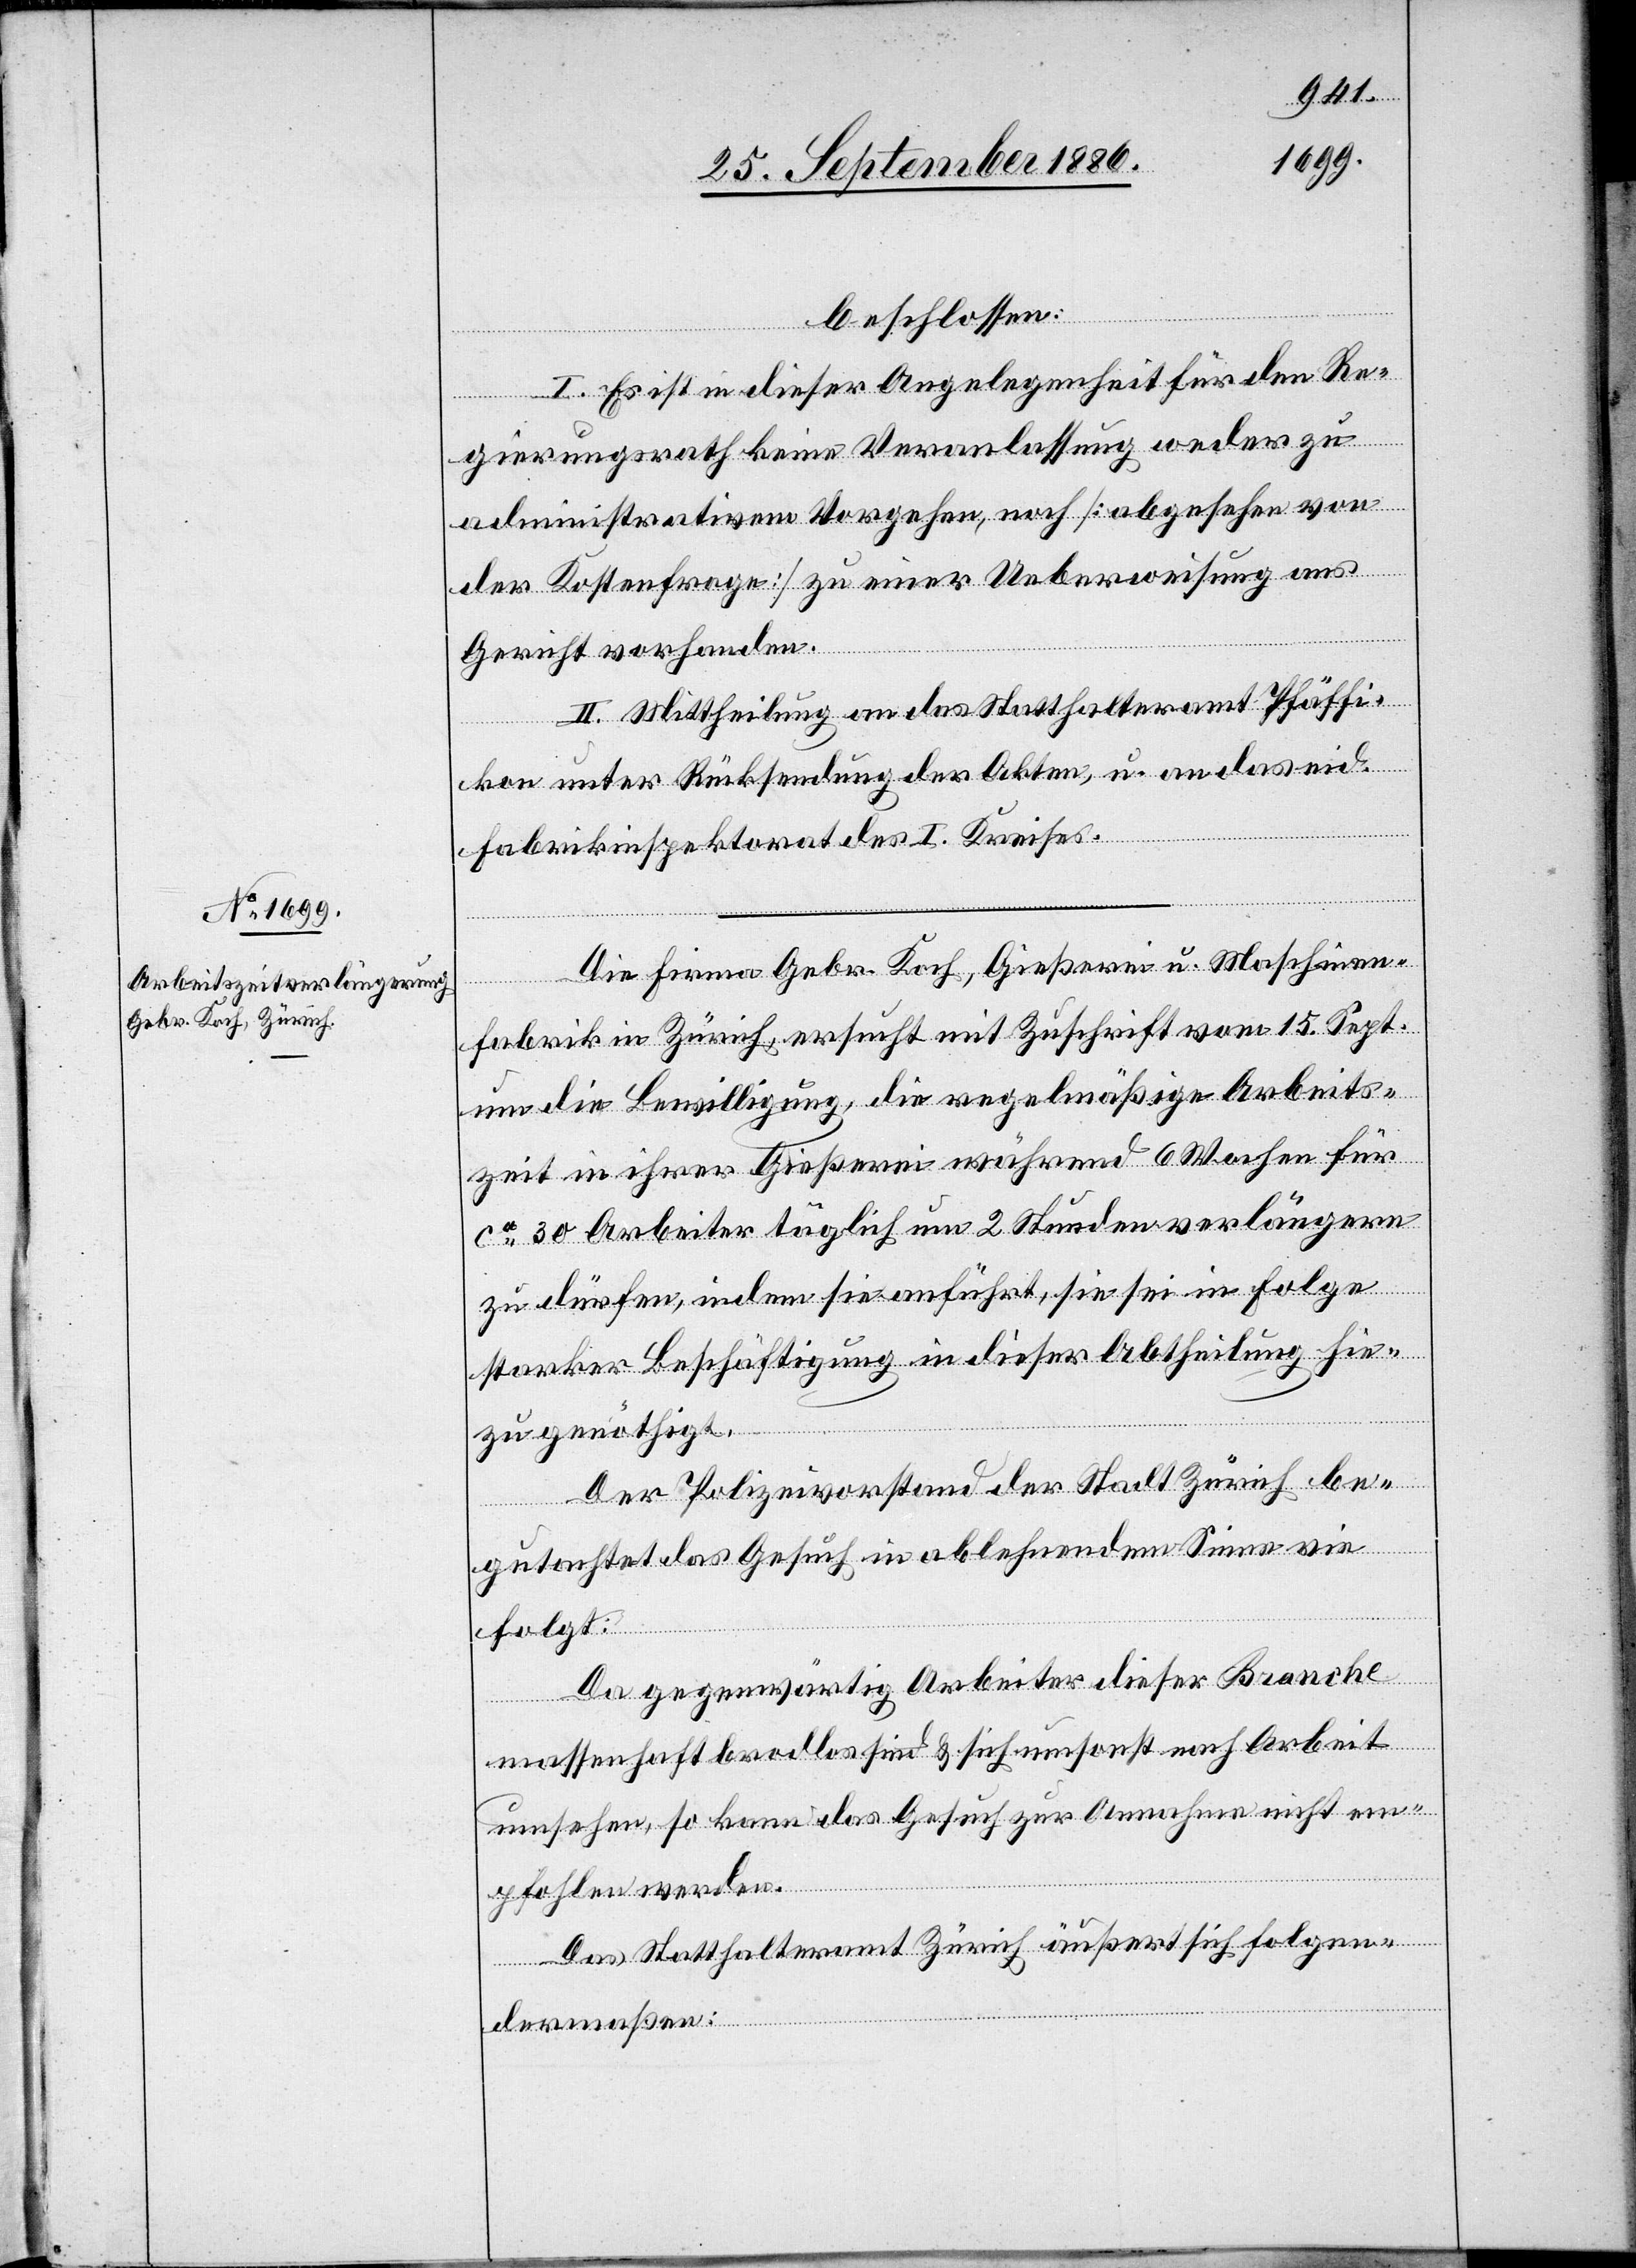
beschlossen:
I. Es ist in dieser Angelegenheit für den Re¬
gierungsrath keine Veranlassung weder zu
administrativem Vorgehen, noch [abgesehen von
der Kostenfrage] zu einer Ueberweisung ans
Gericht vorhanden.
II. Mittheilung an das Statthalteramt Pfäffi¬
kon unter Rücksendung der Akten, u. an das eid.
Fabrikinspektorat des I. Kreises.
Die Firma Gebr. Koch, Gießerei u. Maschinen¬
fabrik in Zürich, ersucht mit Zuschrift vom 15. Sept.
um die Bewilligung, die regelmäßige Arbeits¬
zeit in ihrer Gießerei während 6 Wochen für
ca 30 Arbeiter täglich um 2 Stunden verlängern
zu dürfen, indem sie anführt, sie sei in Folge
starker Beschäftigung in dieser Abtheilung hie¬
zu genöthigt.
Der Polizeivorstand der Stadt Zürich be¬
gutachtet das Gesuch in ablehnendem Sinne wie
folgt:
Da gegenwärtig Arbeiter dieser Branche
massenhaft brodlos sind & sich umsonst um Arbeit
umsehen, so kann das Gesuch zur Annahme nicht em¬
pfohlen werden.
Das Statthalteramt Zürich äußert sich folgen¬
dermaßen: